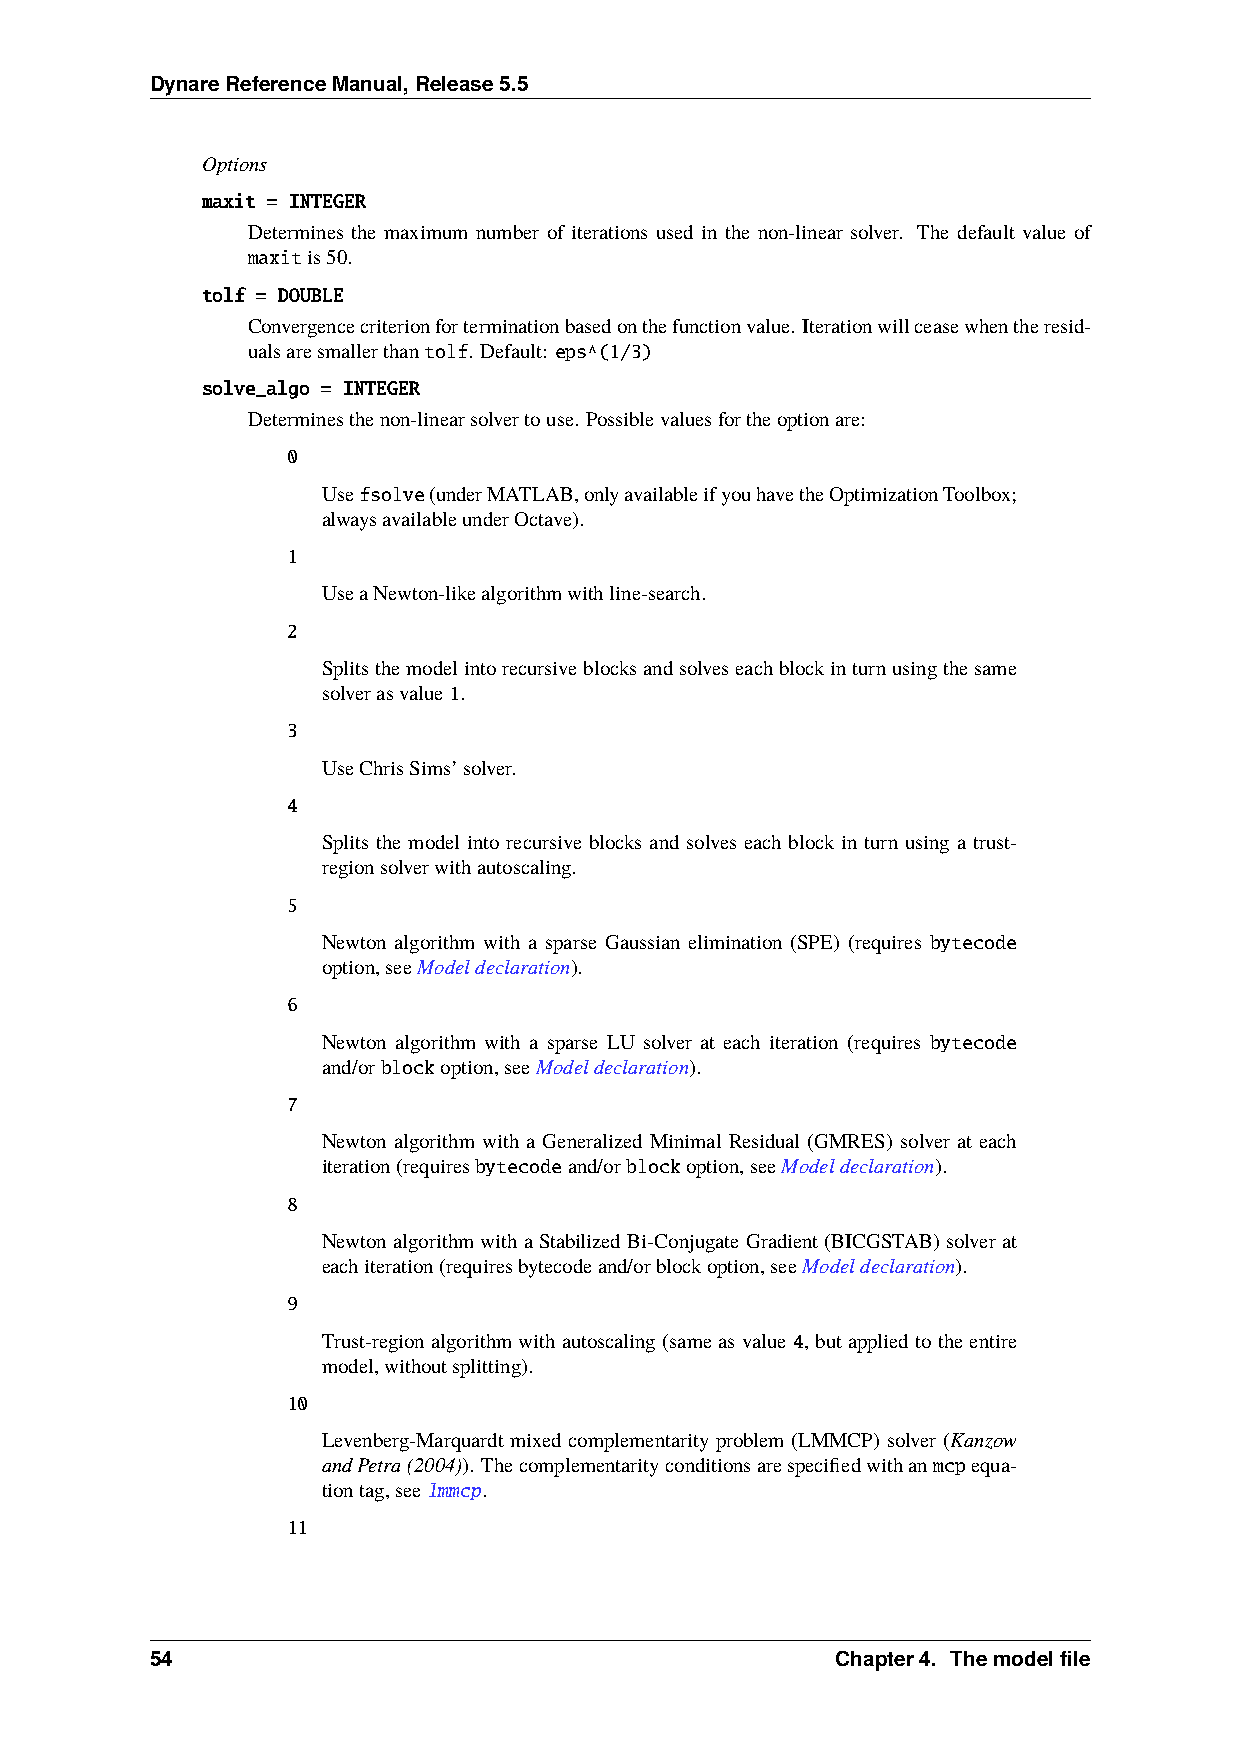
DynareReferenceManual,Release5.5
 Options
 maxit = INTEGER
 Determines the maximum number of iterations used in the non-linear solver. The default value of
 maxitis50.
 tolf = DOUBLE
 Convergencecriterionforterminationbasedonthefunctionvalue. Iterationwillceasewhentheresid-
 ualsaresmallerthantolf. Default: eps^(1/3)
 solve_algo = INTEGER
 Determinesthenon-linearsolvertouse. Possiblevaluesfortheoptionare:
 0
 Usefsolve(underMATLAB,onlyavailableifyouhavetheOptimizationToolbox;
 alwaysavailableunderOctave).
 1
 UseaNewton-likealgorithmwithline-search.
 2
 Splitsthemodelintorecursiveblocksandsolveseachblockinturnusingthesame
 solverasvalue1.
 3
 UseChrisSims’solver.
 4
 Splits the model into recursive blocks and solves each block in turn using a trust-
 regionsolverwithautoscaling.
 5
 Newton algorithm with a sparse Gaussian elimination (SPE) (requires bytecode
 option,seeModeldeclaration).
 6
 Newton algorithm with a sparse LU solver at each iteration (requires bytecode
 and/orblockoption,seeModeldeclaration).
 7
 Newton algorithm with a Generalized Minimal Residual (GMRES) solver at each
 iteration(requiresbytecodeand/orblockoption,seeModeldeclaration).
 8
 Newton algorithm with a Stabilized Bi-Conjugate Gradient (BICGSTAB) solver at
 eachiteration(requiresbytecodeand/orblockoption,seeModeldeclaration).
 9
 Trust-regionalgorithmwithautoscaling(sameasvalue 4, butappliedtotheentire
 model,withoutsplitting).
 10
 Levenberg-Marquardt mixed complementarity problem (LMMCP) solver (Kanzow
 andPetra(2004)). Thecomplementarityconditionsarespecifiedwithanmcpequa-
 tiontag,seelmmcp.
 11
 54                                           Chapter4. Themodelfile